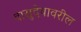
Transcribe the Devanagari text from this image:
वासुदेवावरील